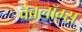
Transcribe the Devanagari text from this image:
वेबलॉग्स